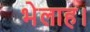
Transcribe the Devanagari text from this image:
भेलाह।